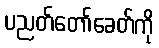
ပညတ်တော်ခေတ်ကို